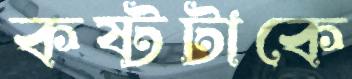
কষ্টটাকে